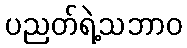
ပညတ်ရဲ့သဘာဝ